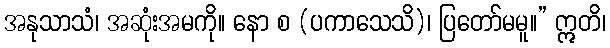
အနုသာသံ၊ အဆုံးအမကို။ နော စ (ပကာသေသိ)၊ ပြတော်မမူ။” ဣတိ၊